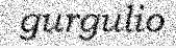
gurgulio